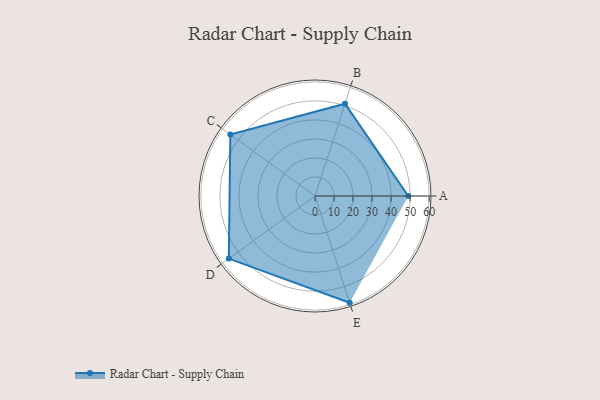
{"axis": {"x": "Skill", "y": "Score"}, "legend": ["Profile"], "data": [{"x": "A", "y": 49.0, "type": "Profile"}, {"x": "B", "y": 51.0, "type": "Profile"}, {"x": "C", "y": 55.0, "type": "Profile"}, {"x": "D", "y": 56.0, "type": "Profile"}, {"x": "E", "y": 59.0, "type": "Profile"}]}